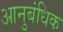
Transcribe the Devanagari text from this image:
आनुबंधिक